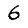
Digit: 6